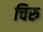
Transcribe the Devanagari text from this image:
चिरु